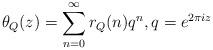
LaTeX: \begin{align*} \theta_{Q}(z) = \sum_{n=0}^{\infty} r_{Q}(n) q^{n}, q = e^{2 \pi i z}\end{align*}